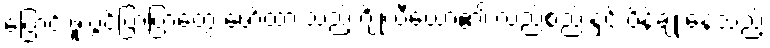
ပြောင်းဖူးပွင့်ပြာပြာတွေ ဖော်ထားသည့် ဂျိုလီယော့၏ လည်စည်းနှင့် ပိန်ချုံးနေသည့်